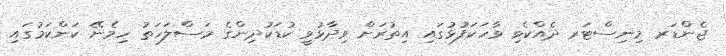
ޖެންޑަރ މިނިސްޓަރ ދެއްކެވި ވާހަކަފުޅުގައި އިތުރަށް ވިދާޅުވީ ކުޑަކުދިންގެ މަސްލަހަތު ހިމެނޭ ކަންކަމުގައި